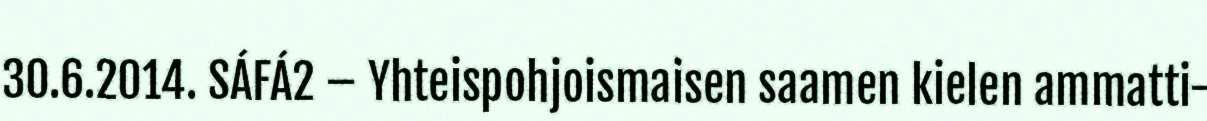
30.6.2014. SÁFÁ2 – Yhteispohjoismaisen saamen kielen ammatti-